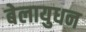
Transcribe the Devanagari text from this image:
बेलायुधन